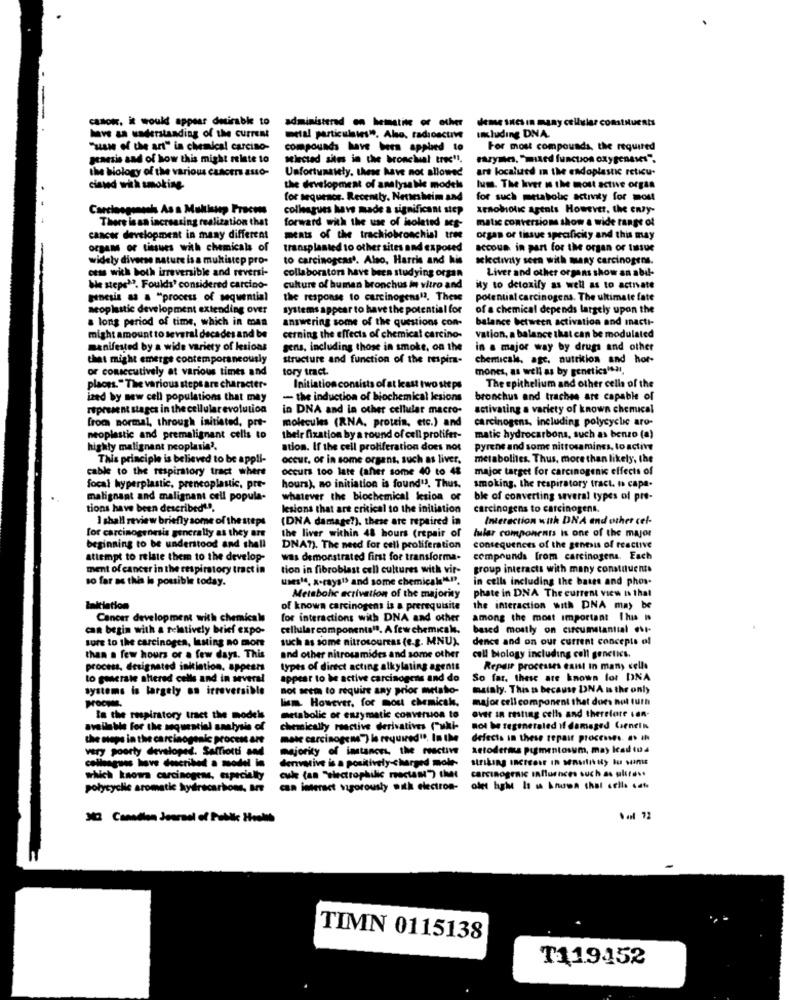
calotr, it would appear desirable to
administered on hematite or other
deme snes in many cellular constituents
Including DNA.
have an understanding of the Current
metal particulates". Also, radioactive
"wane of the art" in chemical carcino-
compounds have been applied to
For most compounds, the required
genesis and of how this might relate to
siectad sites in the bronchial trec".
"zyme. "mixed function oxygenases".
the biology of the various cancers asso-
Unfortunately. these have not allowed
are localued In the endoplastic reticu-
cinud with smoking
the development of analysable models
lum. The hver in the most active organ
for sequence. Recently, Nenesheim and
for such metabolic activity for most
Carcinogensals As a Multinaen Proces
colleagues have made a significant step
xenobiotic agents However, the enzy-
There is an increasing realization that
matic conversione show a wide range of
forward with the use of isolated Mg-
cancer development in many different
ments of the trackiobronchial tree
organ or tissue specificity and this may
organ or tissues with chemicals of
transplanted to other sites and exposed
accoun in part for the organ or tissue
widely diverse nature is a multistep pro-
to carcinogens'. Also, Harris and his
selectivity seen with many carcinogens.
cess with both irreversible and reversi-
Liver and other organs show an abil-
collaborators have been studying organ
ble steps"". Foulds' considered carcino-
culture of human bronchus in vitro and
My to detoxify as well as to activate
ginesia as a "process of sequential
the response to carcinogens !?. These
potential carcinogens. The ultimate fate
neoplastic development extending over
systems appear to have the potential for
of a chemical depends largely upon the
a long period of time, which in man
answering some of the questions con-
balance between activation and macti-
might amount to several decades and be
cerning the effects of chemical carcino-
Vation, a balance that can be modulated
manifested by a wide variety of lesions
gens, including those in smoke, on the in a major way by drugs and other
gens, including those in smoke, on the
that might emerge contemporaneously
structure and function of the respira- chemicals, age, nutrition and hor-
or consecutively at various times and
tory tract
mones, as well as by genetics'est,
places."The various steps are character-
Initiation consists of at least two steps
The epithelium and other cells of the
ized by new cell populations that may
- the induction of biochemical lesions
bronchus and trachee are capable of
ripresent stages in the cellular evolution
in DNA and in other cellular macro-
activating a variety of known chemical
from normal, through initiated, pre-
molecules (RNA, protein, etc.) and
carcinogens, including polycyclic aro-
neoplastic and premalignant cells to
their fixation by a round of cell prolifer-
matic hydrocarbons, such as benzo (a)
highly malignant neoplasia'.
ation. If the cell proliferation does not
pyrene and some nitrosamings, to active
This principle is believed to be appli-
occur, or in some organs, such as liver,
metabolites. Thus, more than likely, the
cable to the respiratory tract where
occurs too late (after some 40 to 48
major target for carcinogenic effects of
focal hyperplastic, prencoplastic, pre-
hours), no initiation is found". Thus,
smoking. the respiratory tract. to capa-
malignant and malignant cell popula-
whatever the biochemical lesion of
ble of converting several types of pre-
tions have been described"".
lesions that are critical to the initiation
carcinogens to carcinogens.
I shall review briefly some of the steps
(DNA damage?), these are repaired in
Interaction with DNA and other cel-
for carcinogenesis generally as they are
lular components is one of the major
the liver within 48 hours (repair of
beginning to be understood and shell
DNA7). The need for cell proliferation
consequences of the genesis of reactive
attempt to relate them to the develop-
was demonstrated first for transforma-
compounds [rom carcinogens. Each
ment of cancer in the respiratory tract in
tion in fibroblast cell cultures with vir-
group interacts with many constnuents
so far as this is possible today.
usesle, x-rays"> and some chemicals".".
in cells including the bates and phos.
phate in DNA The current view is that
Metabolic activation of the majority
Baltiation
of known carcinogens is a prerequisite
the interaction with DNA may be
Cancer development with chemicals
for interactions with DNA and other
among the most important Ihuis
can begin with a relatively brief expo-
cellular components". A few chemicale.
based mostly on circumstantıal eur-
sure to the carcinogen, lasting no more
such as some nitrocourtas (e.g. MNU).
dence and on our current concepts of
than a few hours or a few days. This
and other nitrosamides and some other
cell biology including coll genetics.
process, designated initiation, appears
types of direct acting alkylating agents
Repair processes exist in many celle
to generate ahered cells and in several
appear to be active carcinogens and do
So far. these are known lot DNA
systems is largely on irreversible
not seem to require any prior metabo-
maialy. This is because DNA is the only
lism. However, for mou chemicak.
major cell component that does not tuth
procpte.
In the respiratory tract the models
metabolic or enzymatic conversion to
over in resting cells and therefore ian-
available for the sequential analysis of
chemically reactive derivatives ("uki-
not be regenerated if damaged Csenein
the steps in the carcinogenic proces art
mate carcinogens") is required", In the
defects in these repair processes. .. .
very poorty developed. Saffiotti and
majority of instances, the reacting
astoderma pigmentosum, may Icad to4
derivative is a positively-charged mole-
carcinogenic Influences such as platess
which knows carcinogens, especially
cule (an "electrophilic rectan") thet
polycyckie aromatic hydrocarbon, a
can imeract vigorously with electron-
340 Canadian Journal of Public Health
Nel 72
TIMN 0115138
T119452